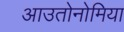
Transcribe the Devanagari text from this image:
आउतोनोमिया